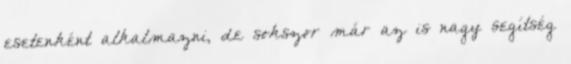
esetenként alkalmazni, de sokszor már az is nagy segítség